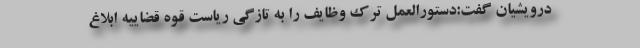
درویشیان گفت:دستورالعمل ترک وظایف را به تازگی ریاست قوه قضاییه ابلاغ